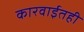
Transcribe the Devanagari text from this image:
कारवाईतही